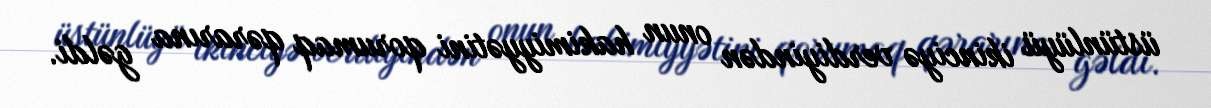
üstünlüyü ikinciyə verdiyindən onun hakimiyyətini qorumaq qərarına gəldi.